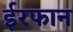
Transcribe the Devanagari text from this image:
ईरफान